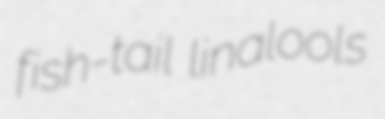
fish-tail linalools